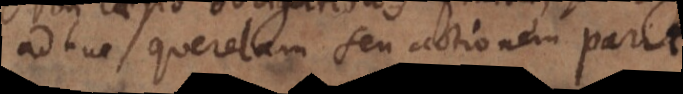
adhuc querelam seu actionem parit